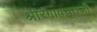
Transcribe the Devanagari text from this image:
श्रीरंगावधूतजी